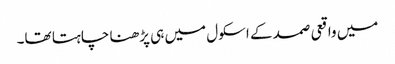
میں واقعی صمد کے اسکول میں ہی پڑھنا چاہتا تھا۔